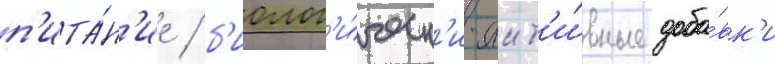
п'ита́н'ие / б'иолог'и́ческ'и-акт'и́вные доба́вк'и